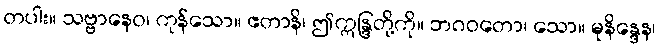
တပါး။ သဗ္ဗာနေဝ၊ ကုန်သော။ ဧတာနိ၊ ဤဣန္ဒြတို့ကို။ ဘဂဝတော၊ သော။ မုနိန္ဒေန၊